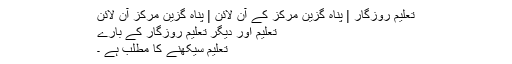
تعلیم روزگار | پناہ گزین مرکز کے آن لائن | پناہ گزین مرکز آن لائن
تعلیم اور دیگر تعلیم روزگار کے بارے
تعلیم سیکھنے کا مطلب ہے ۔